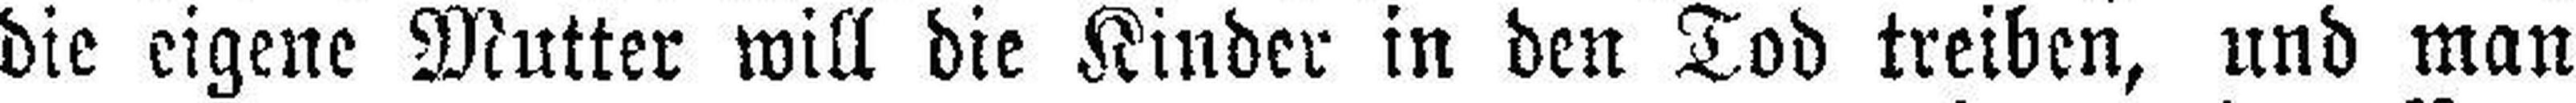
die eigene Mutter will die Kinder in den Tod treiben, und man